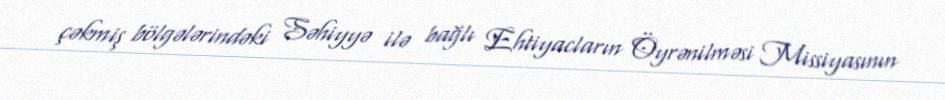
çəkmiş bölgələrindəki Səhiyyə ilə bağlı Ehtiyacların Öyrənilməsi Missiyasının